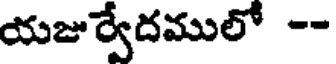
యజుర్వేదములో --